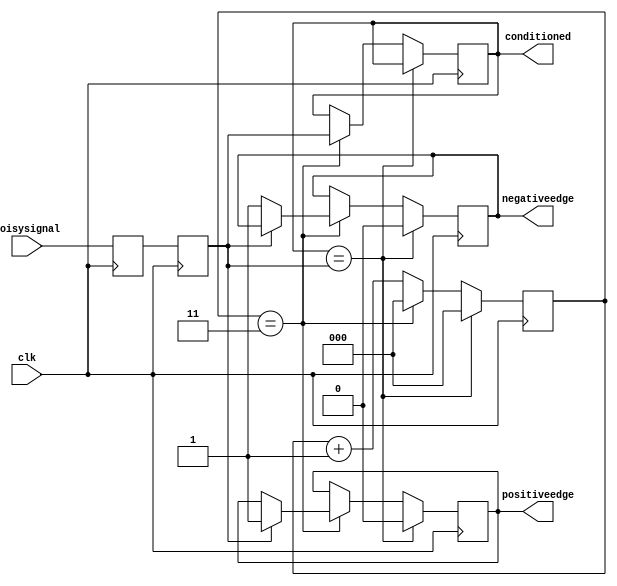
module inputconditioner(clk, noisysignal, conditioned, positiveedge, negativeedge);
output reg conditioned = 0;
output reg positiveedge = 0;
output reg negativeedge = 0;
input clk, noisysignal;

parameter counterwidth = 3;
parameter waittime = 3;

reg[counterwidth-1:0] counter =0;
reg synchronizer0 = 0;
reg synchronizer1 = 0;

always @(posedge clk) begin
    if(conditioned == synchronizer1) begin
        counter <= 0;
        // edge detection reset
        positiveedge <= 0;
        negativeedge <= 0;
        // end
    end
    else begin
        if (counter == waittime) begin
            counter <= 0;
            conditioned <= synchronizer1;
            // our added code for edge detection
            if (synchronizer1 == 1) 
                positiveedge <= 1;
            else
                negativeedge <= 1;
            // end our code
        end
        else 
            counter <= counter+1;
    end
    synchronizer1 = synchronizer0;
    synchronizer0 = noisysignal;
end
endmodule


module inputconditioner_breakable(clk, noisysignal, conditioned, positiveedge, negativeedge, faultactive);
output reg conditioned = 0;
output reg positiveedge = 0;
output reg negativeedge = 0;
input clk, noisysignal, faultactive;

parameter counterwidth = 3;
parameter waittime = 3;

reg[counterwidth-1:0] counter =0;
reg synchronizer0 = 0;
reg synchronizer1 = 0;

always @(posedge clk) begin
    if(conditioned == synchronizer1) begin
        counter <= 0;
        // edge detection reset
        positiveedge <= 0;
        negativeedge <= 0;
        // end
    end
    else begin
        if (counter == waittime) begin
            counter <= 0;
            conditioned <= synchronizer1;
            // our added code for edge detection
            if (synchronizer1 == 1) 
                positiveedge <= 1;
            else
                negativeedge <= 1;
            // end our code
        end
        else 
            counter <= counter+1;
    end
    synchronizer1 = synchronizer0;
    synchronizer0 = noisysignal;
end
endmodule


module testConditioner;
wire conditioned;
wire rising;
wire falling;
reg pin, clk;
reg ri;
always @(posedge clk) ri=rising;
inputconditioner dut(clk, pin, conditioned, rising, falling);

initial clk=0;
always #10 clk=!clk;    // 50MHz Clock

initial begin
// Your Test Code
// Be sure to test each of the three things the conditioner does:
// Synchronize, Clean, Preprocess (edge finding)
pin=0; #50
pin=1; #5
pin=0; #10
pin=1; #10
pin=0; #200
pin=1; #200
pin=0; #200;

end
endmodule